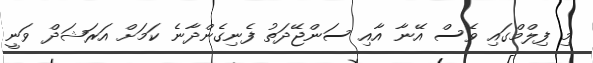
މި ފިލްމްގައި ވެސް އޭނާ އާއި ސަންޖޭދަތު ފެނިގެންދާނެ ކަމަށް އަރަޝަދް ވަނީ